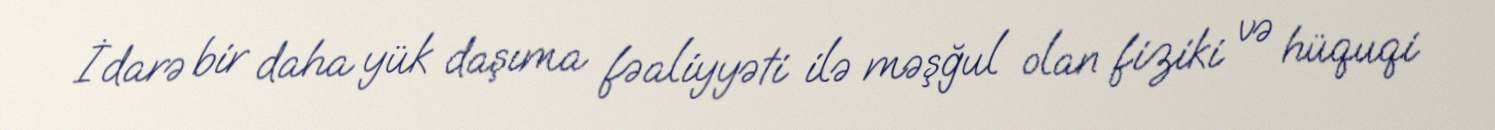
İdarə bir daha yük daşıma fəaliyyəti ilə məşğul olan fiziki və hüquqi